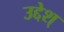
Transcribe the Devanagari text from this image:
उद्देश्